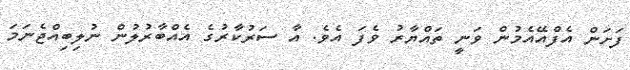
ފަށަން އެފްއޭއެމުން ވަނީ ތައްޔާރު ވެފަ އެވެ. އާ ސަރުކާރުގެ އެއްބާރުލުން ނުލިބިއްޖެނަމަ